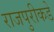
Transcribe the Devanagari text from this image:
राजपुरीकडे